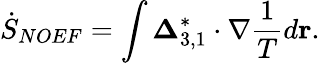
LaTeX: {{\dot{S}}_{NOEF}}=\int{{\boldsymbol{\Delta}}_{3,1}^{*}\cdot\nabla\frac{1}{T}d{\mathbf{r}}}.